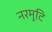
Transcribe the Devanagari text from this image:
नरमुटि